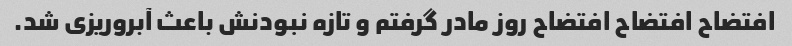
افتضاح افتضاح افتضاح روز مادر گرفتم و تازه نبودنش باعث آبروریزی شد.